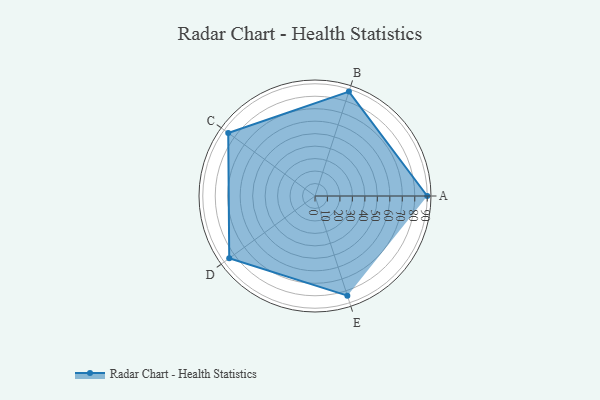
{"axis": {"x": "Skill", "y": "Score"}, "legend": ["Profile"], "data": [{"x": "A", "y": 90.0, "type": "Profile"}, {"x": "B", "y": 88.0, "type": "Profile"}, {"x": "C", "y": 86.0, "type": "Profile"}, {"x": "D", "y": 85.0, "type": "Profile"}, {"x": "E", "y": 84.0, "type": "Profile"}]}